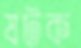
ষটক